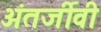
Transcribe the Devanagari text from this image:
अंतर्जीवी